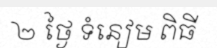
២ ថ្ងៃ ទំនៀម ពិធី